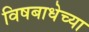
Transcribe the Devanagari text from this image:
विषबाधेच्या